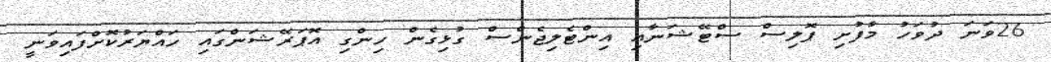
26ވަނަ ދުވަހު މާފުށި ޕޮލިސް ސްޓޭޝަނާއި އިންޓެލިޖެންސް ގުޅިގެން ހިންގި އޮޕަރޭޝަންގައި ހައްޔަރުކޮށްފައިވަނީ